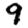
Digit: 9